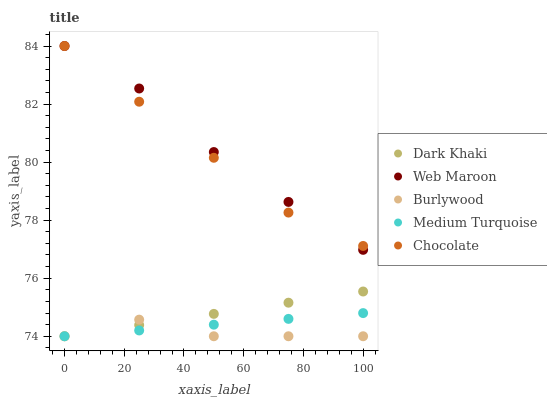
| xaxis_label | Dark Khaki | Web Maroon | Burlywood | Medium Turquoise | Chocolate |
 | --- | --- | --- | --- | --- | --- |
 | 0 | 74 | 84 | 74 | 74 | 84 |
 | 25 | 74.4 | 82.5 | 74.6 | 74.2 | 82.1 |
 | 50 | 74.8 | 80.3 | 74 | 74.4 | 80.1 |
 | 75 | 75.2 | 78.6 | 74 | 74.6 | 78.3 |
 | 100 | 75.5 | 77 | 74 | 74.8 | 77.1 |